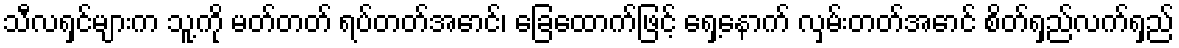
သီလရှင်များက သူ့ကို မတ်တတ် ရပ်တတ်အောင်၊ ခြေထောက်ဖြင့် ရှေ့နောက် လှမ်းတတ်အောင် စိတ်ရှည်လက်ရှည်